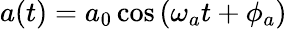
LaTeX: a(t)=a_{0}\cos\left(\omega_{a}t+\phi_{a}\right)